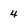
Character: 4